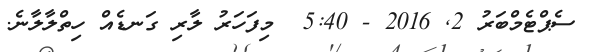
ސެޕްޓެމްބަރު 2